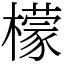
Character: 檬